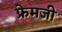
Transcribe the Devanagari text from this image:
फ्रेमजी